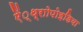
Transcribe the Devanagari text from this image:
ऐं्थ्राोपोइडिया